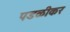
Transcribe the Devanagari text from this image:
पडळीकर